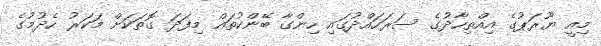
މިއީ ޔޫރަޕުގެ އިއްތިހާދުގެ ސަރަހައްދުގައި ހިންގާ ބޭންކުތައް މިފަދަ ގޮތަކަށް މަކަރު ހެދުމުގެ